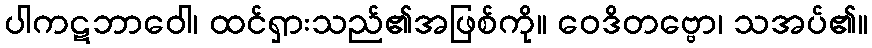
ပါကဋဘာဝေါ၊ ထင်ရှားသည်၏အဖြစ်ကို။ ဝေဒိတဗ္ဗော၊ သအပ်၏။